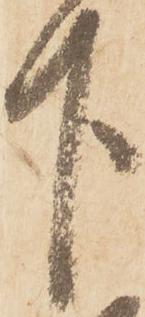
下